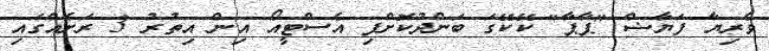
ވެރިޔާ ފަޔާޟް "ޕާޕާ" ކޭކޭގަ ބަންދުކޮށްފި އެސްޓީއޯ އިން އިތުރު 3 ރަށެއްގައި